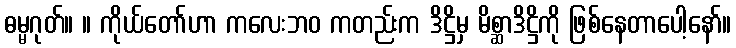
ဓမ္မဂုတ်။ ။ ကိုယ်တော်ဟာ ကလေးဘဝ ကတည်းက ဒိဋ္ဌိမှ မိစ္ဆာဒိဋ္ဌိကို ဖြစ်နေတာပေါ့နော်။